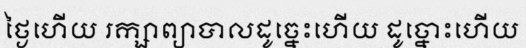
ថ្ងៃហើយ រក្សាព្យាបាលដូច្នេះហើយ ដូច្នោះហើយ